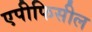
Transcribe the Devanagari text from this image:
एपीफिसील